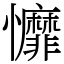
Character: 戂